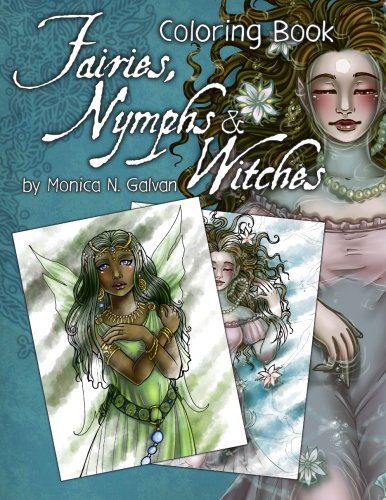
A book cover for Fairies, Nymphs & Witches: Coloring Book (Enchanted Colors); Monica N. Galvan; Crafts, Hobbies & Home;